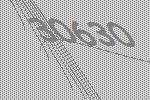
30630